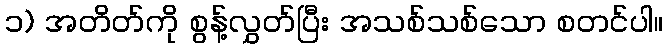
၁) အတိတ်ကို စွန့်လွှတ်ပြီး အသစ်သစ်သော စတင်ပါ။